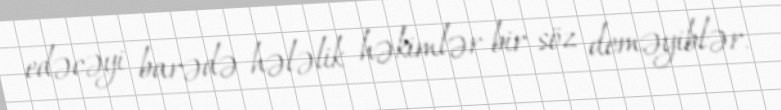
edəcəyi barədə hələlik həkimlər bir söz deməyiblər.